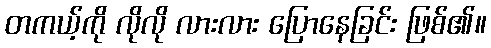
တကယ့်ကို လိုလို လားလား ပြောနေခြင်း ဖြစ်၏။